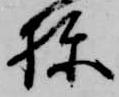
棟